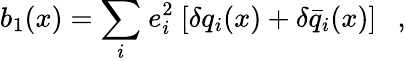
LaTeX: b_{1}(x)={\displaystyle\sum_{i}}\ e_{i}^{2}\ [\delta q_{i}(x)+\delta\bar{q}_{i}(x)]\ \ \ ,